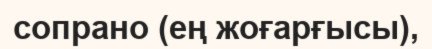
сопрано (ең жоғарғысы),